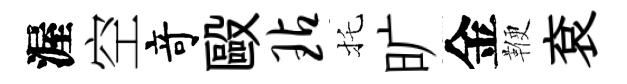
渥空竒毆玷托旷金鞭袞